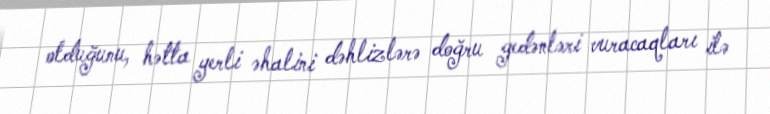
olduğunu, hətta yerli əhalini dəhlizlərə doğru gedənləri vuracaqları ilə